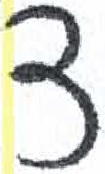
אות: צ